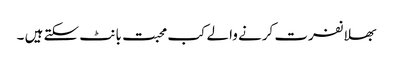
بھلا نفرت کرنے والے کب محبت بانٹ سکتے ہیں ۔